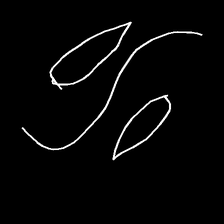
Glyph: water